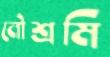
নৌশ্রমি